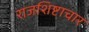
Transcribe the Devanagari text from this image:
राजशिष्टाचार